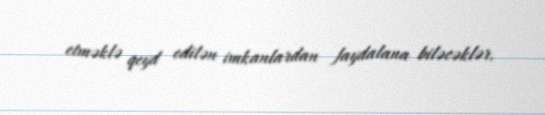
etməklə qeyd edilən imkanlardan faydalana biləcəklər.